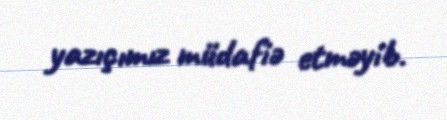
yazıçımız müdafiə etməyib.